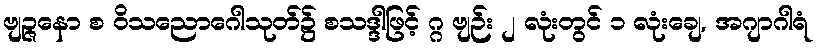
ဗျဉ္ဇနော စ ဝိသညောဂေါသုတ်၌ စသဒ္ဒါဖြင့် ဂ္ဂ ဗျဉ်း ၂ လုံးတွင် ၁ လုံးချေ, အဂျာဂါရံ